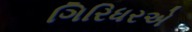
ગિરિધરએ